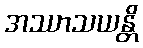
အဿာသယန္တိ